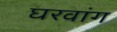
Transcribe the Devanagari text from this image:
घरवांग